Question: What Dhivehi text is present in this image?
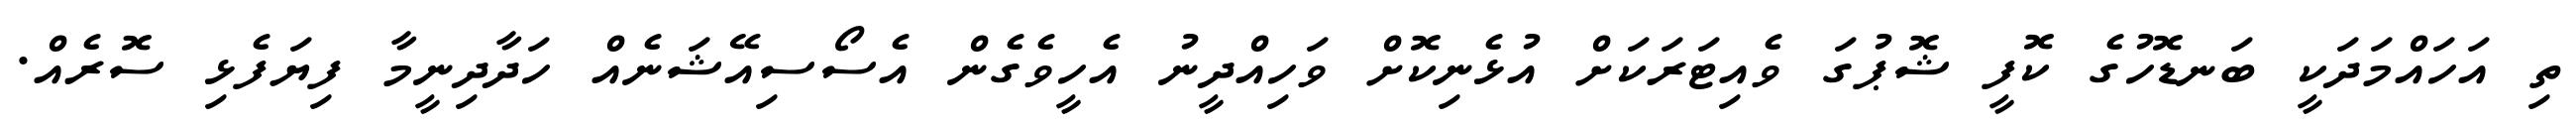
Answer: ތި އަހައްމަދަކީ ބަނޑޮހުގެ ކޮފީ ޝޮޕުގަ ވެއިޓަރަކަށް އުޅެނިކޮށް ވަހިއްދީނު އެހީވެގެން އެސޯސިއޭޝަނެއް ހަދާދިނީމާ ފިޔަފެޅި ސޮރެއް.